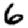
Digit: 6